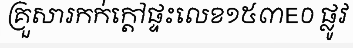
គ្រួសារកក់ក្តៅផ្ទះលេខ១៥៣E០ ផ្លូវ